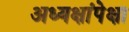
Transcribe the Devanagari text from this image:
अध्यक्षांपेक्षा